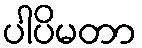
ပါပိမတာ